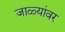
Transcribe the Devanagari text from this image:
जाळ्यांवर